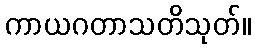
ကာယဂတာသတိသုတ်။